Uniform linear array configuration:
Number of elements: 16
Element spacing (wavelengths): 1
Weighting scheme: uniform
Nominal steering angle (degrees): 30
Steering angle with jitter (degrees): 29.172
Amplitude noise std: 0.05
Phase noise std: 0.05

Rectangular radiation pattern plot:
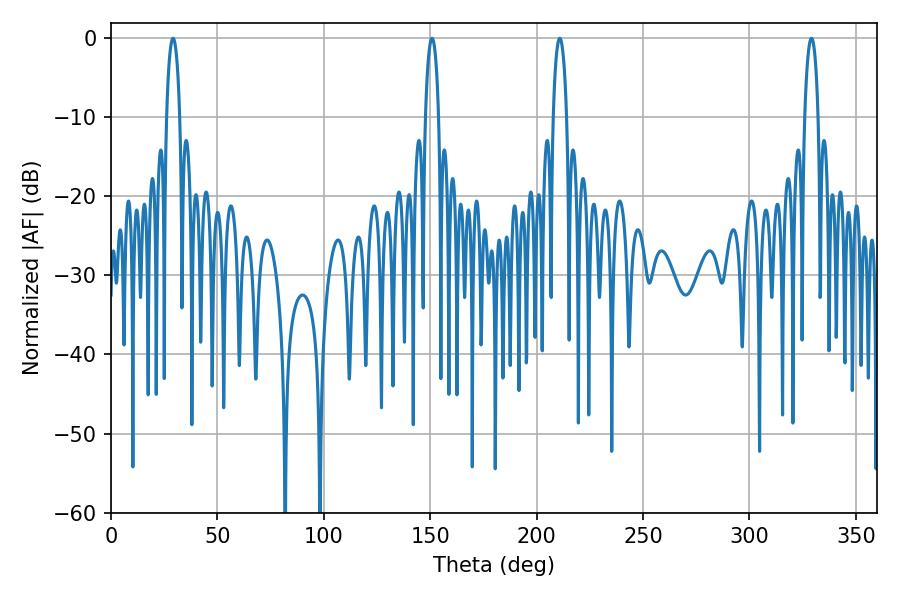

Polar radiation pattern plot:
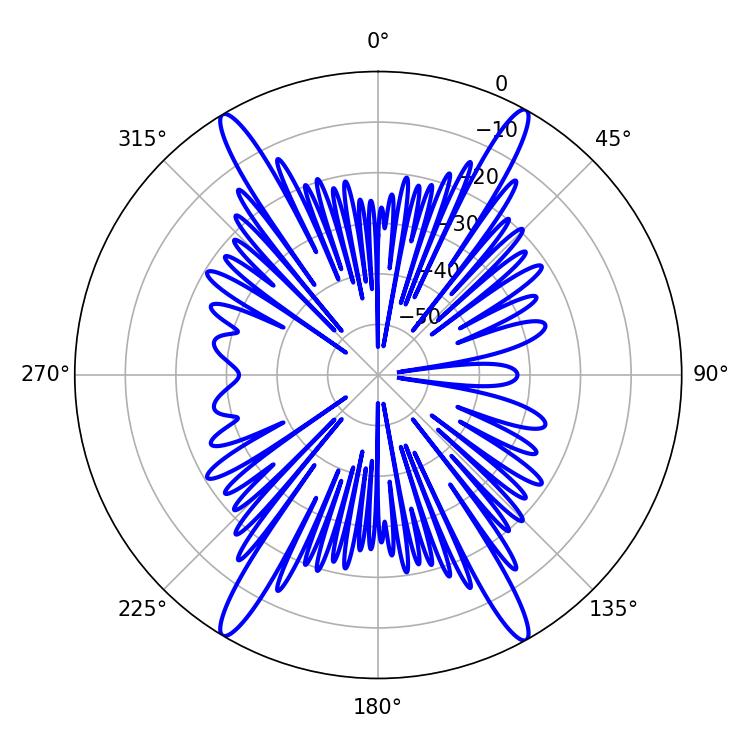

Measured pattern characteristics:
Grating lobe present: TRUE
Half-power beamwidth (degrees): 3.6
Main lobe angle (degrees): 29.16